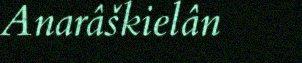
Anarâškielân